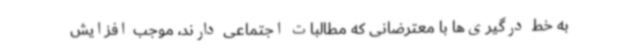
به خط درگیری‌ها با معترضانی که مطالبات اجتماعی دارند، موجب افزایش